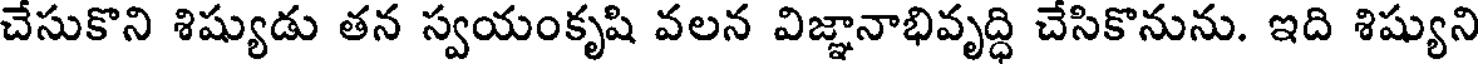
చేసుకొని శిష్యుడు తన స్వయంకృషి వలన విజ్ఞానాభివృద్ధి చేసికొనును. ఇది శిష్యుని